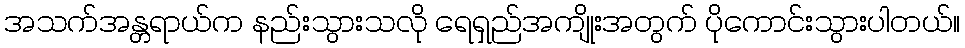
အသက်အန္တရာယ်က နည်းသွားသလို ရေရှည်အကျိုးအတွက် ပိုကောင်းသွားပါတယ်။